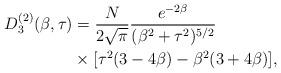
LaTeX: \begin{align*}D^{(2)}_{3}(\beta, \tau) &= \frac{N}{2\sqrt{\pi}} \frac{e^{-2\beta}}{(\beta^{2} + \tau^{2})^{5/2}} \\&\times [\tau^{2}(3-4\beta) - \beta^{2}(3+4\beta)],\end{align*}